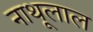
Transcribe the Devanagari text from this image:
नाथूलाल